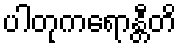
ပါတုကရောန္တီတိ